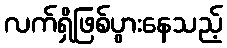
လက်ရှိဖြစ်ပွားနေသည့်